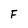
Character: F